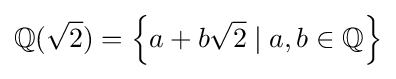
\mathbb {Q} ({\sqrt {2}})=\left\{a+b{\sqrt {2}}\mid a,b\in \mathbb {Q} \right\}